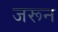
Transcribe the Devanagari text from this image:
जरून